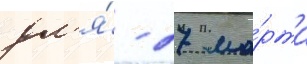
дл'я́ - 27 ма́рта